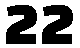
22